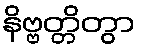
နိဗ္ဗတ္တိတွာ